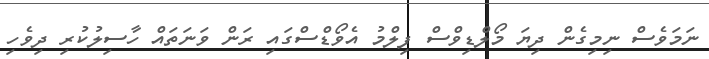
ނަމަވެސް ނިމިގެން ދިޔަ މޯލްޑިވްސް ފިލްމު އެވޯޑްސްގައި ރަން ވަނަތައް ހާސިލުކުރި ދިވެހި